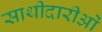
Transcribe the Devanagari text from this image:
साथीदारीओं